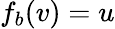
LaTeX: f_{b}(v)=u